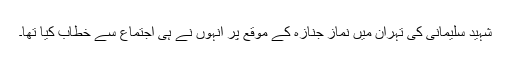
شہید سلیمانی کی تہران میں نماز جنازہ کے موقع پر انہوں نے ہی اجتماع سے خطاب کیا تھا۔